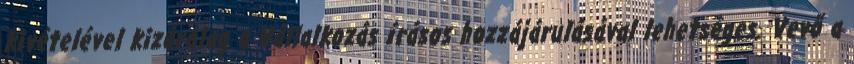
kivételével kizárólag a Vállalkozás írásos hozzájárulásával lehetséges. Vevő a